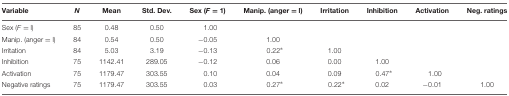
<table><thead><tr><td><b>Variable</b></td><td><b><i>N</i></b></td><td><b>Mean</b></td><td><b>Std. Dev.</b></td><td><b>Sex (<i>F</i> = 1)</b></td><td><b>Manip. (anger = l)</b></td><td><b>Irritation</b></td><td><b>Inhibition</b></td><td><b>Activation</b></td><td><b>Neg. ratings</b></td></tr></thead><tbody><tr><td>Sex (<i>F</i> = l)</td><td>85</td><td>0.48</td><td>0.50</td><td>1.00</td><td></td><td></td><td></td><td></td><td></td></tr><tr><td>Manip. (anger = l)</td><td>84</td><td>0.54</td><td>0.50</td><td>-0.05</td><td>1.00</td><td></td><td></td><td></td><td></td></tr><tr><td>Irritation</td><td>84</td><td>5.03</td><td>3.19</td><td>-0.13</td><td>0.22<sup>∗</sup></td><td>1.00</td><td></td><td></td><td></td></tr><tr><td>Inhibition</td><td>75</td><td>1142.41</td><td>289.05</td><td>-0.12</td><td>0.06</td><td>0.00</td><td>1.00</td><td></td><td></td></tr><tr><td>Activation</td><td>75</td><td>1179.47</td><td>303.55</td><td>0.10</td><td>0.04</td><td>0.09</td><td>0.47<sup>∗</sup></td><td>1.00</td><td></td></tr><tr><td>Negative ratings</td><td>75</td><td>1179.47</td><td>303.55</td><td>0.03</td><td>0.27<sup>∗</sup></td><td>0.22<sup>∗</sup></td><td>0.02</td><td>-0.01</td><td>1.00</td></tr></tbody></table>